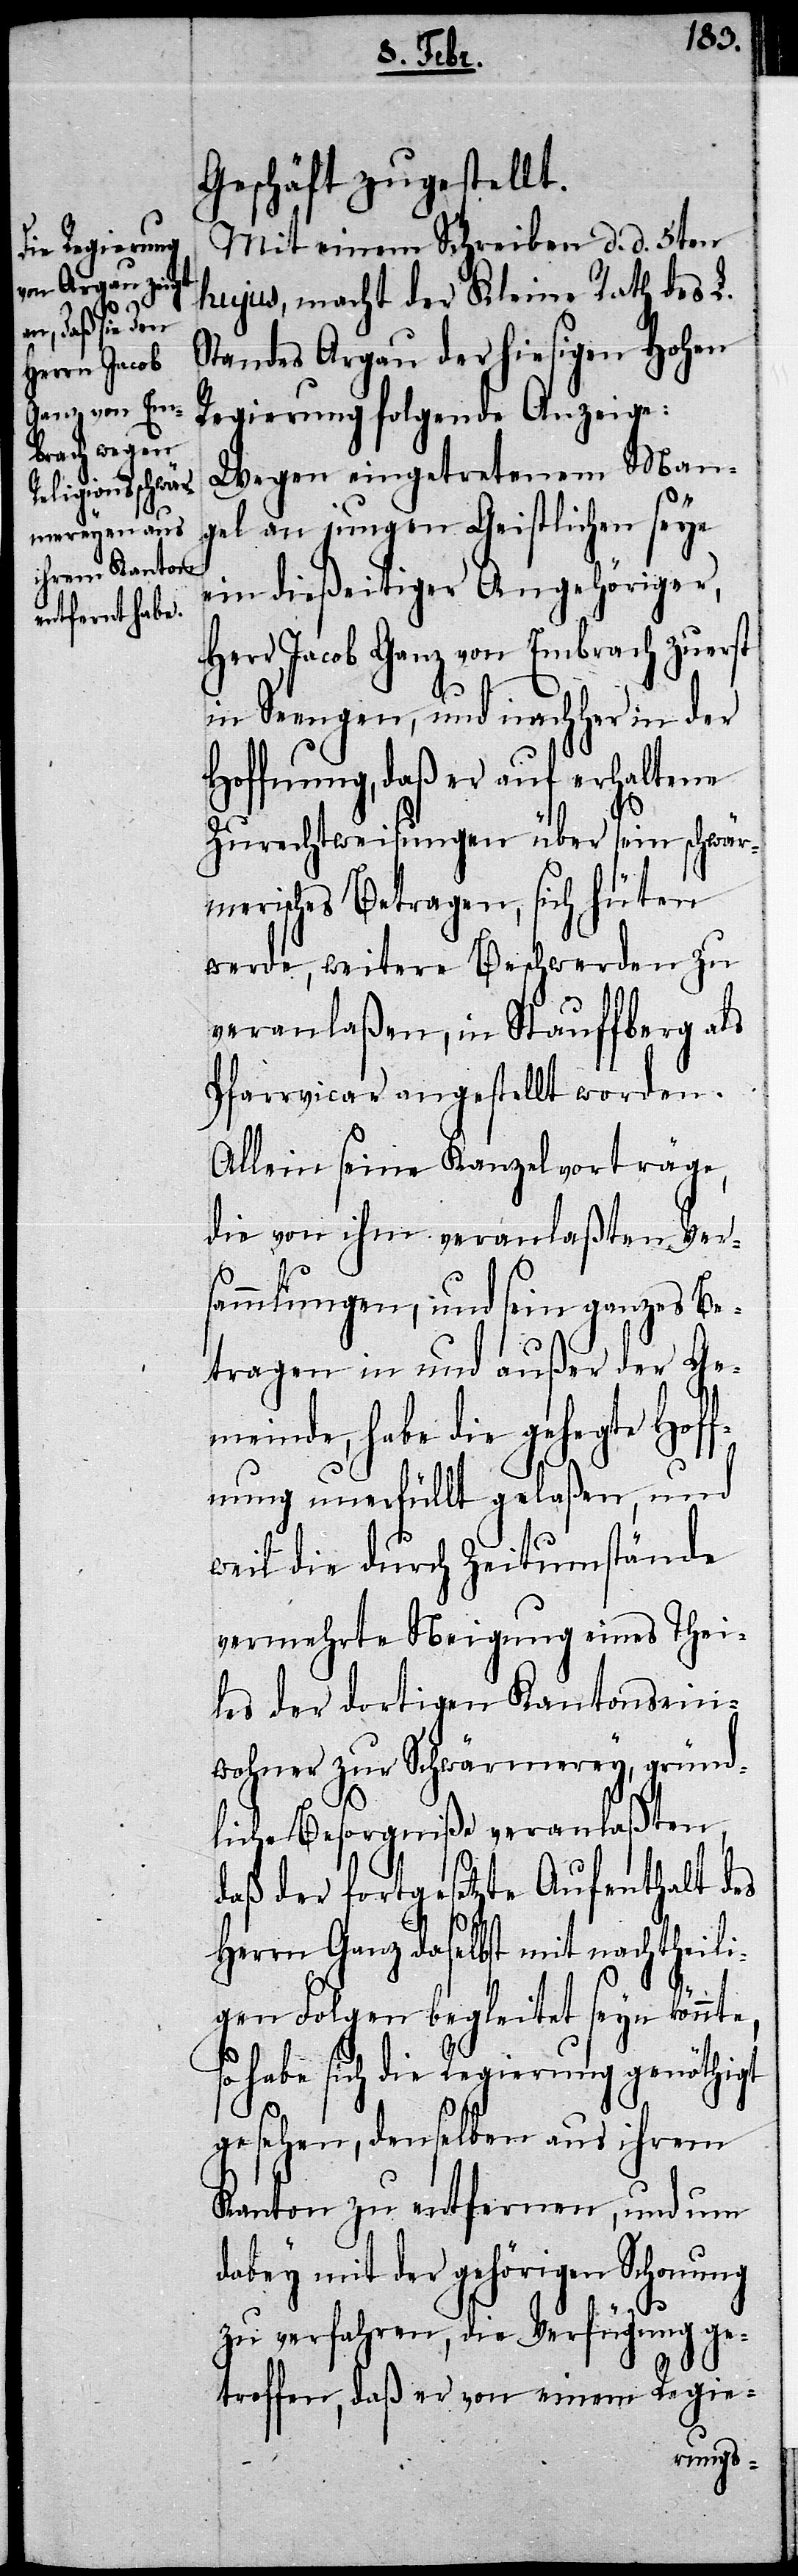
Geschäft zugestellt.
Mit einem Schreiben d. d. 5ten
hujus, macht der Kleine Rath des L.
Standes Argau der hiesigen Hohen
Regierung folgende Anzeige:
Wegen eingetretenem Man¬
gel an jungen Geistlichen seye
ein dießeitiger Angehöriger,
Herr Jacob Ganz von Embrach zuerst
in Seengen, und nachher in der
Hoffnung, daß er auf erhaltene
Zurechtweisungen über sein schwär¬
merisches Betragen, sich hüten
werde, weitere Beschwerden zu
veranlaßen, in Stauffberg als
Pfarrvicar angestellt worden.
Allein seine Kanzelvorträge,
die von ihm veranlaßten Ver¬
sammlungen, und sein ganzes Be¬
tragen in und außer der Ge¬
meinde, habe die gehegte Hof¬
fnung unerfüllt gelaßen, und
weil die durch Zeitumstände
vermehrte Neigung eines Thei¬
les der dortigen Kantonsein¬
wohner zur Schwärmerey, gründ¬
liche Besorgniße veranlaßten,
daß der fortgesetzte Aufenthalt des
Herrn Ganz daselbst mit nachtheili¬
gen Folgen begleitet seyn könnte,
so habe sich die Regierung genöthigt
gesehen, denselben aus ihrem
Kanton zu entfernen, und um
dabey mit der gehörigen Schonung
zu verfahren, die Verfügung ge¬
troffen, daß er von einem Regie-